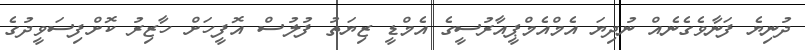
ދުނިޔެ ފަނާވެގެނެއް ނުދިޔަ އެމްއެމްޕީއާރުސީގެ އެމްޑީ ޒިޔަތު ފުލުސް އޮފީހަށް ހާޒިރު ކޮށްފިސަވީދުގެ